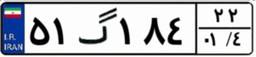
۰۰گ۰۹۳۵۲